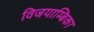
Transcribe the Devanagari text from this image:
विजयाम्बिका